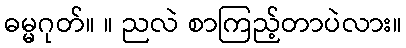
ဓမ္မဂုတ်။ ။ ညလဲ စာကြည့်တာပဲလား။